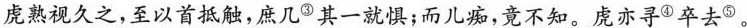
虎熟视久之，至以首抵触，庶几③其一就惧；而儿痴，竟不知。虏亦寻④卒去⑤。